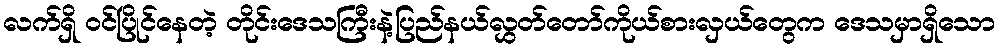
လက်ရှိ ဝင်ပြိုင်နေတဲ့ တိုင်းဒေသကြီးနဲ့ပြည်နယ်လွှတ်တော်ကိုယ်စားလှယ်တွေက ဒေသမှာရှိသော